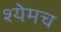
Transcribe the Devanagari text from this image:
श्येमच